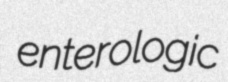
enterologic